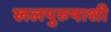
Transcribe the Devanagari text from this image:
खलपुरुषाशी